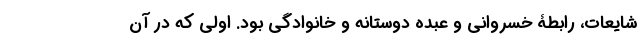
شایعات، رابطۀ خسروانی و عبده دوستانه و خانوادگی بود. اولی که در آن